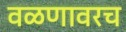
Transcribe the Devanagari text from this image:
वळणावरच